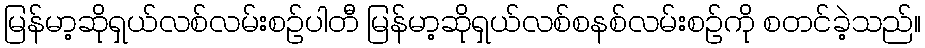
မြန်မာ့ဆိုရှယ်လစ်လမ်းစဉ်ပါတီ မြန်မာ့ဆိုရှယ်လစ်စနစ်လမ်းစဉ်ကို စတင်ခဲ့သည်။